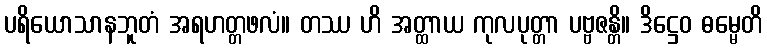
ပရိယောသာနဘူတံ အရဟတ္တဖလံ။ တဿ ဟိ အတ္ထာယ ကုလပုတ္တာ ပဗ္ဗဇန္တိ။ ဒိဋ္ဌေဝ ဓမ္မေတိ